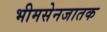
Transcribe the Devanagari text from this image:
भीमसेनजातक